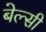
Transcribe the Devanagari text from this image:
बेल्सी